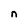
Character: n